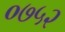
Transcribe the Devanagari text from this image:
०७५२